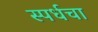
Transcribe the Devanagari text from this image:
स्पर्धचा